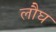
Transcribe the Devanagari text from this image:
लौघ